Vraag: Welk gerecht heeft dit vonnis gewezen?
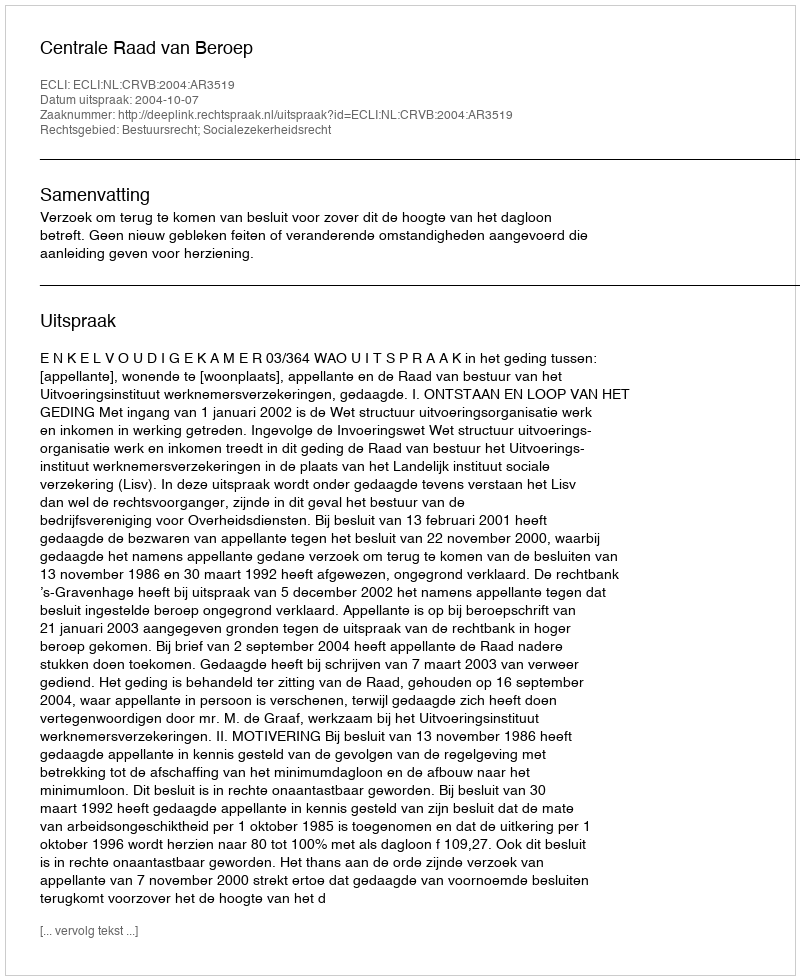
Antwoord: Centrale Raad van Beroep